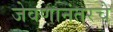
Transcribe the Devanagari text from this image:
जेवणानंतरचे